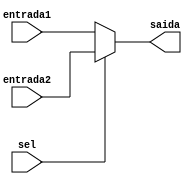
//Mdulo MUX 01

module MUX (input sel, input[7:0] entrada1, entrada2, output reg[7:0] saida);
	always@(*)
		begin
			if(sel == 0)
				saida = entrada1;
			else
				saida = entrada2;
		end
endmodule